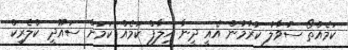
ކަމެއްތޯ ސުވާލު ކުރުމުން އެއީ ދީނާ ޚިލާފް ކަމެއް ކަމަށް ސައޫދީ ކްލެރިކް